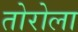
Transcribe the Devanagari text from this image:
तोरोला